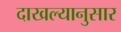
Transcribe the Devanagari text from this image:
दाखल्यानुसार